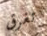
تغرق